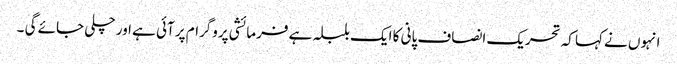
انہوں نے کہا کہ تحریک انصاف پانی کا ایک بلبلہ ہے فرمائشی پروگرام پر آئی ہے اور چلی جائے گی ۔